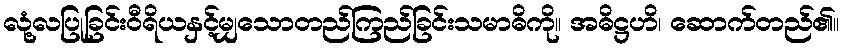
လုံ့လပြုခြင်းဝီရိယနှင့်မျှသောတည်ကြည်ခြင်းသမာဓိကို။ အဓိဋ္ဌဟိ၊ ဆောက်တည်၏။